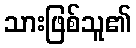
သားဖြစ်သူ၏